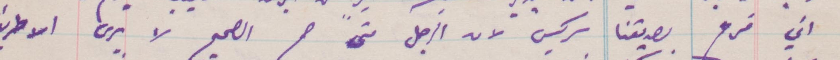
اني فرح بصديقنا سركيس لان الرجل متى ضمر الصحيح لا يرى الا طريق